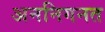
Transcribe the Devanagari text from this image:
अननिगनत